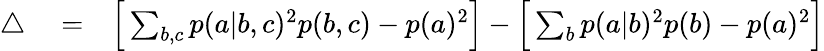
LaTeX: \begin{array}{rlr}{\bigtriangleup}&{{}=}&{\Big[\sum_{b,c}p(a|b,c)^{2}p(b,c)-p(a)^{2}\Big]-\Big[\sum_{b}p(a|b)^{2}p(b)-p(a)^{2}\Big]}\end{array}